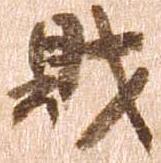
財